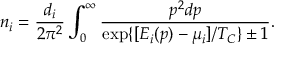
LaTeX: n _ { i } = \frac { d _ { i } } { 2 \pi ^ { 2 } } \int _ { 0 } ^ { \infty } \frac { p ^ { 2 } d p } { \exp \{ [ E _ { i } ( p ) - \mu _ { i } ] / T _ { C } \} \pm 1 } .